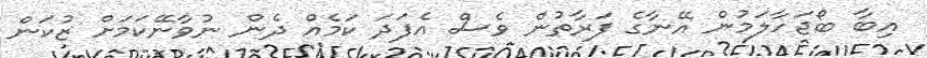
އިބާ ބޯޖަހާލަމުން އޭނާގެ ފަރާތުން ވެސް އެފަދަ ކަމެއް ދެން ނުވާނޭކަމަށް ޒުކަން